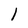
Character: 1